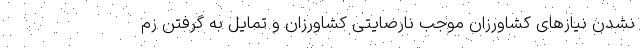
نشدن نیاز‌های کشاورزان موجب نارضایتی کشاورزان و تمایل به گرفتن زم